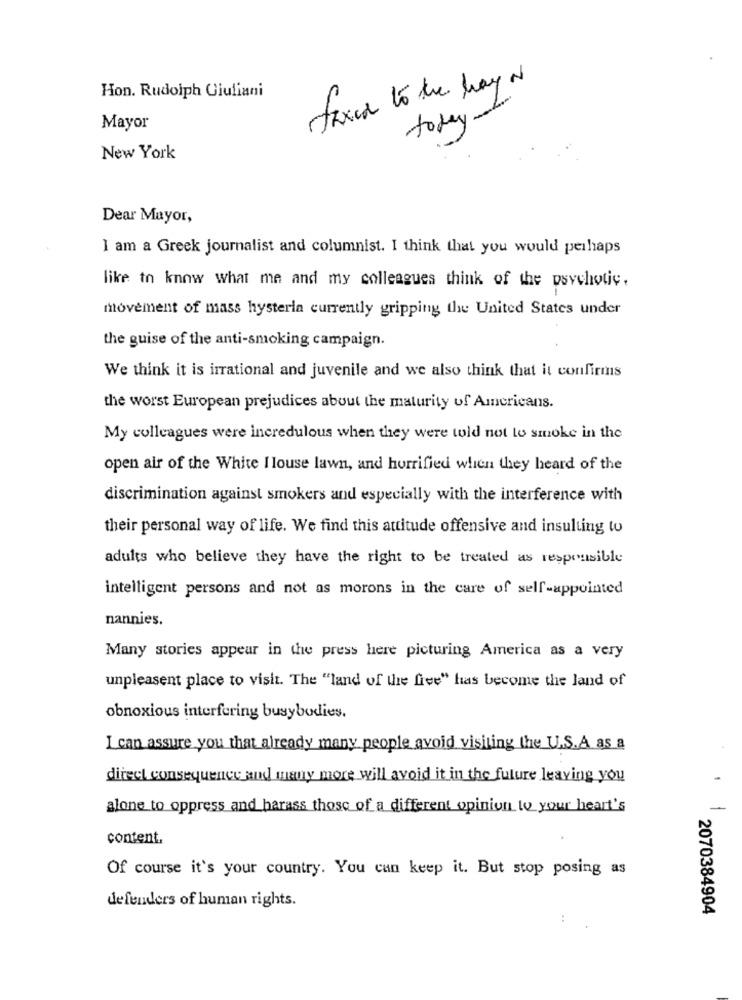
Hon. Rudolph Giuliani
faxed to the hay N
Mayor
today.
New York
Dear Mayor,
I am a Greek journalist and columnist. I think that you would perhaps
like to know what me and my colleagues think of the psychotic.
movement of mass hysteria currently gripping the United States under
the guise of the anti-smoking campaign.
We think it is irrational and juvenile and we also think that it confirmns
the worst European prejudices about the maturity of Americans.
My colleagues were incredulous when they were told not to smoke in the
open air of the White I louse lawn, and horrified when they heard of the
discrimination against smokers and especially with the interference with
their personal way of life. We find this attitude offensive and insulting to
adults who believe they have the right to be treated as responsible
intelligent persons and not as morons in the care of self-appointed
nannies.
Many stories appear in the press here picturing America as a very
unpleasent place to visit. The "land of the free" has become the land of
obnoxious interfering busybodies.
I can assure you that already many people avoid visiting the U.S.A as a
direct consequence and many more will avoid it in the future leaving you
alone to oppress and harass those of a different opinion to your heart's
-
content.
Of course it's your country. You can keep it. But stop posing as
defenders of human rights.
2070384904